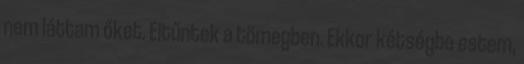
nem láttam őket. Eltűntek a tömegben. Ekkor kétségbe estem,